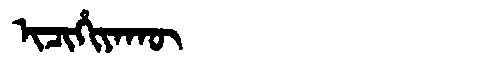
Manchu: ᡳᠴᡳᡥᡳᠶᠠᡴᡡ
Romanization: ICIHIYAKŪ